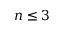
n \leq 3